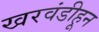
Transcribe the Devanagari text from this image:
खरवंडीहून